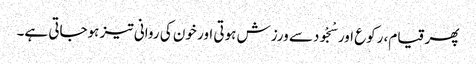
پھر قیام، رکوع اور سْجْودسے ورزش ہوتی اور خون کی روانی تیز ہوجاتی ہے۔